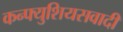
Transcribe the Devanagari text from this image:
कन्फ्युशियसवादी